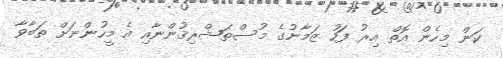
ކަން މިހެން އޮތް އިރު ފަހު ޒަމާނުގެ މުސްތަޝްރިޤުންނާއި އެ މީހުންނަށް ތަބާވާ